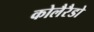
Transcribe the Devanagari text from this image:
कोलैरैडो